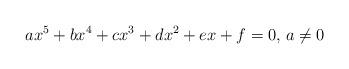
LaTeX: \begin{align*}ax^5+bx^4+cx^3+dx^2+ex+f=0\textrm{, }a\neq0\end{align*}